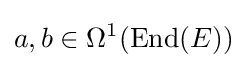
a,b\in \Omega ^{1}({\text{End}}(E))